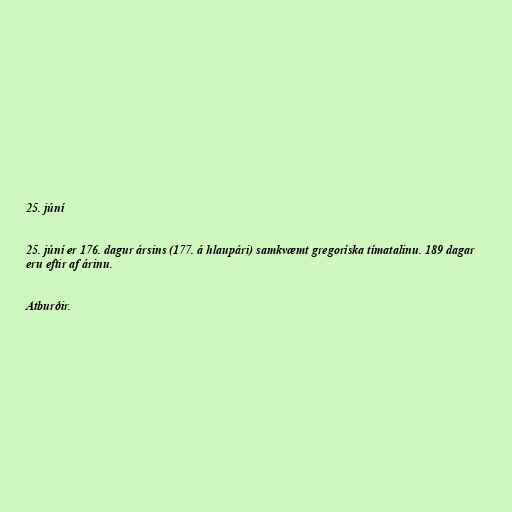
25. júní

25. júní er 176. dagur ársins (177. á hlaupári) samkvæmt gregoríska tímatalinu. 189 dagar
eru eftir af árinu.

Atburðir.